Vaccination report Assam 1874-1896 - 1874-1896
Year: 1874
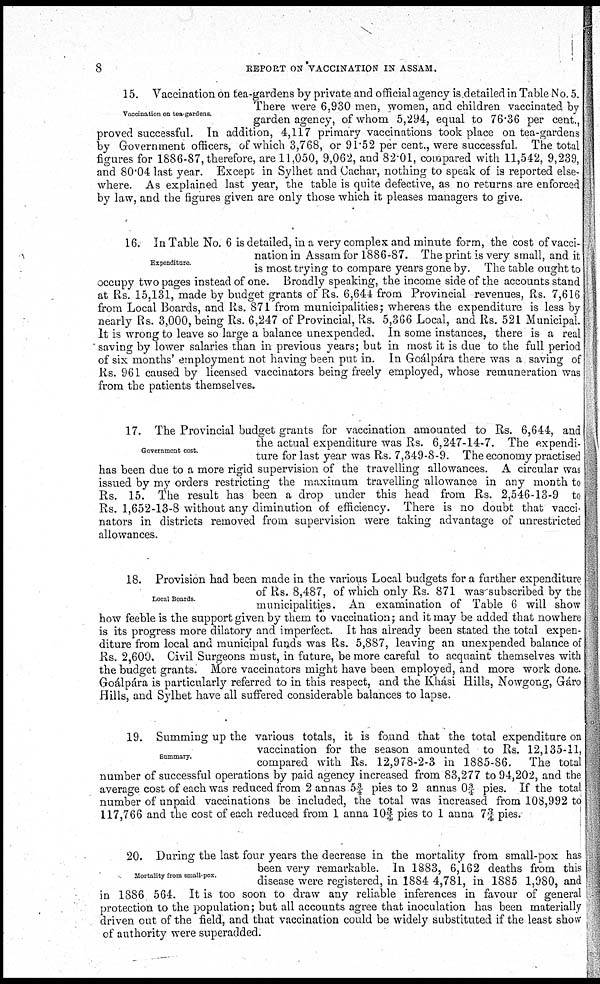
8
REPORT ON VACCINATION IN ASSAM.
Vaccination on tea-gardens.
15. Vaccination on tea-gardens by private and official agency is detailed in Table No. 5.
There were 6,930 men, women, and children vaccinated by
garden agency, of whom 5,294, equal to 76.36 per cent.,
proved successful. In addition, 4,117 primary vaccinations took place on tea-gardens
by Government officers, of which 3,768, or 91.52 per cent., were successful. The total
figures for 1886-87, therefore, are 11,050, 9,062, and 82.01, compared with 11,542, 9,239,
and 80.04 last year. Except in Sylhet and Cachar, nothing to speak of is reported else-
where. As explained last year, the table is quite defective, as no returns are enforced
by law, and the figures given are only those which it pleases managers to give.
Expenditure
16. In Table No. 6 is detailed, in a very complex and minute form, the cost of vacci-
nation in Assam for 1886-87. The print is very small, and it
is most trying to compare years gone by. The table ought to
occupy two pages instead of one. Broadly speaking, the income side of the accounts stand
at Rs. 15,131, made by budget grants of Rs. 6,644 from Provincial revenues, Rs. 7,616
from Local Boards, and Rs. 871 from municipalities; whereas the expenditure is less by
nearly Rs. 3,000, being Rs. 6,247 of Provincial, Rs. 5,366 Local, and Rs. 521 Municipal.
It is wrong to leave so large a balance unexpended. In some instances, there is a real
saving by lower salaries than in previous years; but in most it is due to the full period
of six months' employment not having been put in. In Goálpára there was a saving of
Rs. 961 caused by licensed vaccinators being freely employed, whose remuneration was
from the patients themselves.
Government cost.
17. The Provincial budget grants for vaccination amounted to Rs. 6,644, and
the actual expenditure was Rs. 6,247-14-7. The expendi-
ture for last year was Rs. 7,349-8-9. The economy practised
has been due to a more rigid supervision of the travelling allowances. A circular was
issued by my orders restricting the maximum travelling allowance in any month to
Rs. 15. The result has been a drop under this head from Rs. 2,546-13-9 to
Rs. 1,652-13-8 without any diminution of efficiency. There is no doubt that vacci-
nators in districts removed from supervision were taking advantage of unrestricted
allowances.
Local Boards
18. Provision had been made in the various Local budgets for a further expenditure
of Rs. 8,487, of which only Rs. 871 was subscribed by the
municipalities. An examination of Table 6 will show
how feeble is the support given by them to vaccination; and it may be added that nowhere
is its progress more dilatory and imperfect. It has already been stated the total expen-
diture from local and municipal funds was Rs. 5,887, leaving an unexpended balance of
Rs. 2,600. Civil Surgeons must, in future, be more careful to acquaint themselves with
the budget grants. More vaccinators might have been employed, and more work done.
Goálpára is particularly referred to in this respect, and the Khási Hills, Nowgong, Gáro
Hills, and Sylhet have all suffered considerable balances to lapse.
Summary.
19. Summing up the various totals, it is found that the total expenditure on
vaccination for the season amounted to Rs. 12,135-11,
compared with Rs. 12,978-2-3 in 1885-86. The total
number of successful operations by paid agency increased from 83,277 to 94,202, and the
average cost of each was reduced from 2 annas 5 ¾ pies to 2 annas 0¾ pies. If the total
number of unpaid vaccinations be included, the total was increased from 108,992 to
117,766 and the cost of each reduced from 1 anna 10¾ pies to 1 anna 7¾ pies.
Mortality from small-pox.
20. During the last four years the decrease in the mortality from small-pox has
been very remarkable. In 1883, 6,162 deaths from this
disease were registered, in 1884 4,781, in 1885 1,980, and
in 1886 564. It is too soon to draw any reliable inferences in favour of general
protection to the population; but all accounts agree that inoculation has been materially
driven out of the field, and that vaccination could be widely substituted if the least show
of authority were superadded.